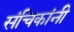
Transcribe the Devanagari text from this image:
संचिकांनी